Civil Veterinary Department ledger series I-VI
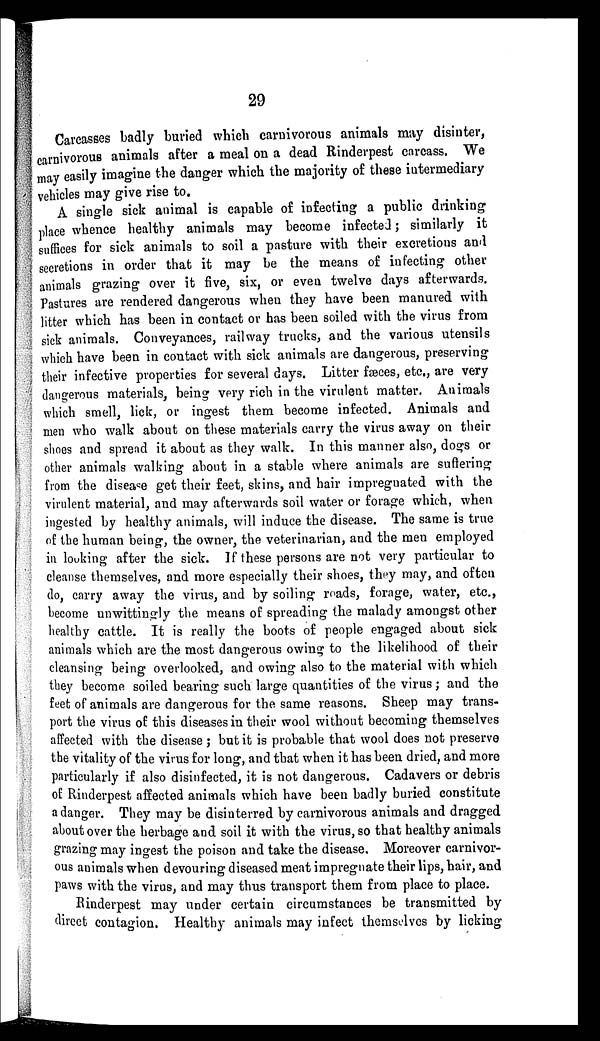
29
Carcasses badly buried which carnivorous animals may disinter,
carnivorous animals after a meal on a dead Rinderpest carcass. We
may easily imagine the danger which the majority of these intermediary
vehicles may give rise to.
A single sick animal is capable of infecting a public drinking
place whence healthy animals may become infected; similarly it
suffices for sick animals to soil a pasture with their excretions and
secretions in order that it may be the means of infecting other
animals grazing over it five, six, or even twelve days afterwards.
Pastures are rendered dangerous when they have been manured with
litter which has been in contact or has been soiled with the virus from
sick animals. Conveyances, railway trucks, and the various utensils
which have been in contact with sick animals are dangerous, preserving
their infective properties for several days. Litter fæces, etc., are very
dangerous materials, being very rich in the virulent matter. Animals
which smell, lick, or ingest them become infected. Animals and
men who walk about on these materials carry the virus away on their
shoes and spread it about as they walk. In this manner also, dogs or
other animals walking about in a stable where animals are suffering
from the disease get their feet, skins, and hair impregnated with the
virulent material, and may afterwards soil water or forage which, when
ingested by healthy animals, will induce the disease. The same is true
of the human being, the owner, the veterinarian, and the men employed
in looking after the sick. If these persons are not very particular to
cleanse themselves, and more especially their shoes, they may, and often
do, carry away the virus, and by soiling roads, forage, water, etc.,
become unwittingly the means of spreading the malady amongst other
healthy cattle. It is really the boots of people engaged about sick
animals which are the most dangerous owing to the likelihood of their
cleansing being overlooked, and owing also to the material with which
they become soiled bearing such large quantities of the virus; and the
feet of animals are dangerous for the same reasons. Sheep may trans-
port the virus of this diseases in their wool without becoming themselves
affected with the disease; but it is probable that wool does not preserve
the vitality of the virus for long, and that when it has been dried, and more
particularly if also disinfected, it is not dangerous. Cadavers or debris
of Rinderpest affected animals which have been badly buried constitute
a danger. They may be disinterred by carnivorous animals and dragged
about over the herbage and soil it with the virus, so that healthy animals
grazing may ingest the poison and take the disease. Moreover carnivor-
ous animals when devouring diseased meat impregnate their lips, hair, and
paws with the virus, and may thus transport them from place to place.
Rinderpest may under certain circumstances be transmitted by
direct contagion. Healthy animals may infect themselves by licking